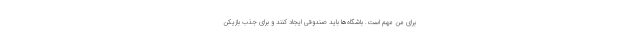
برای من مهم است. باشگاه‌ها باید صندوقی ایجاد کنند و برای جذب بازیکن